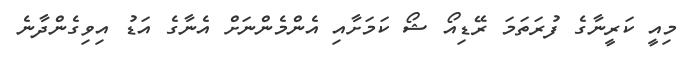
މިއީ ކަރީނާގެ ފުރަތަމަ ރޭޑިއޯ ޝޯ ކަމަށާއި އެންމެންނަށް އެނާގެ އަޑު އިވިގެންދާނެ